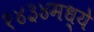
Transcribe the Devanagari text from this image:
१४३४मध्ये